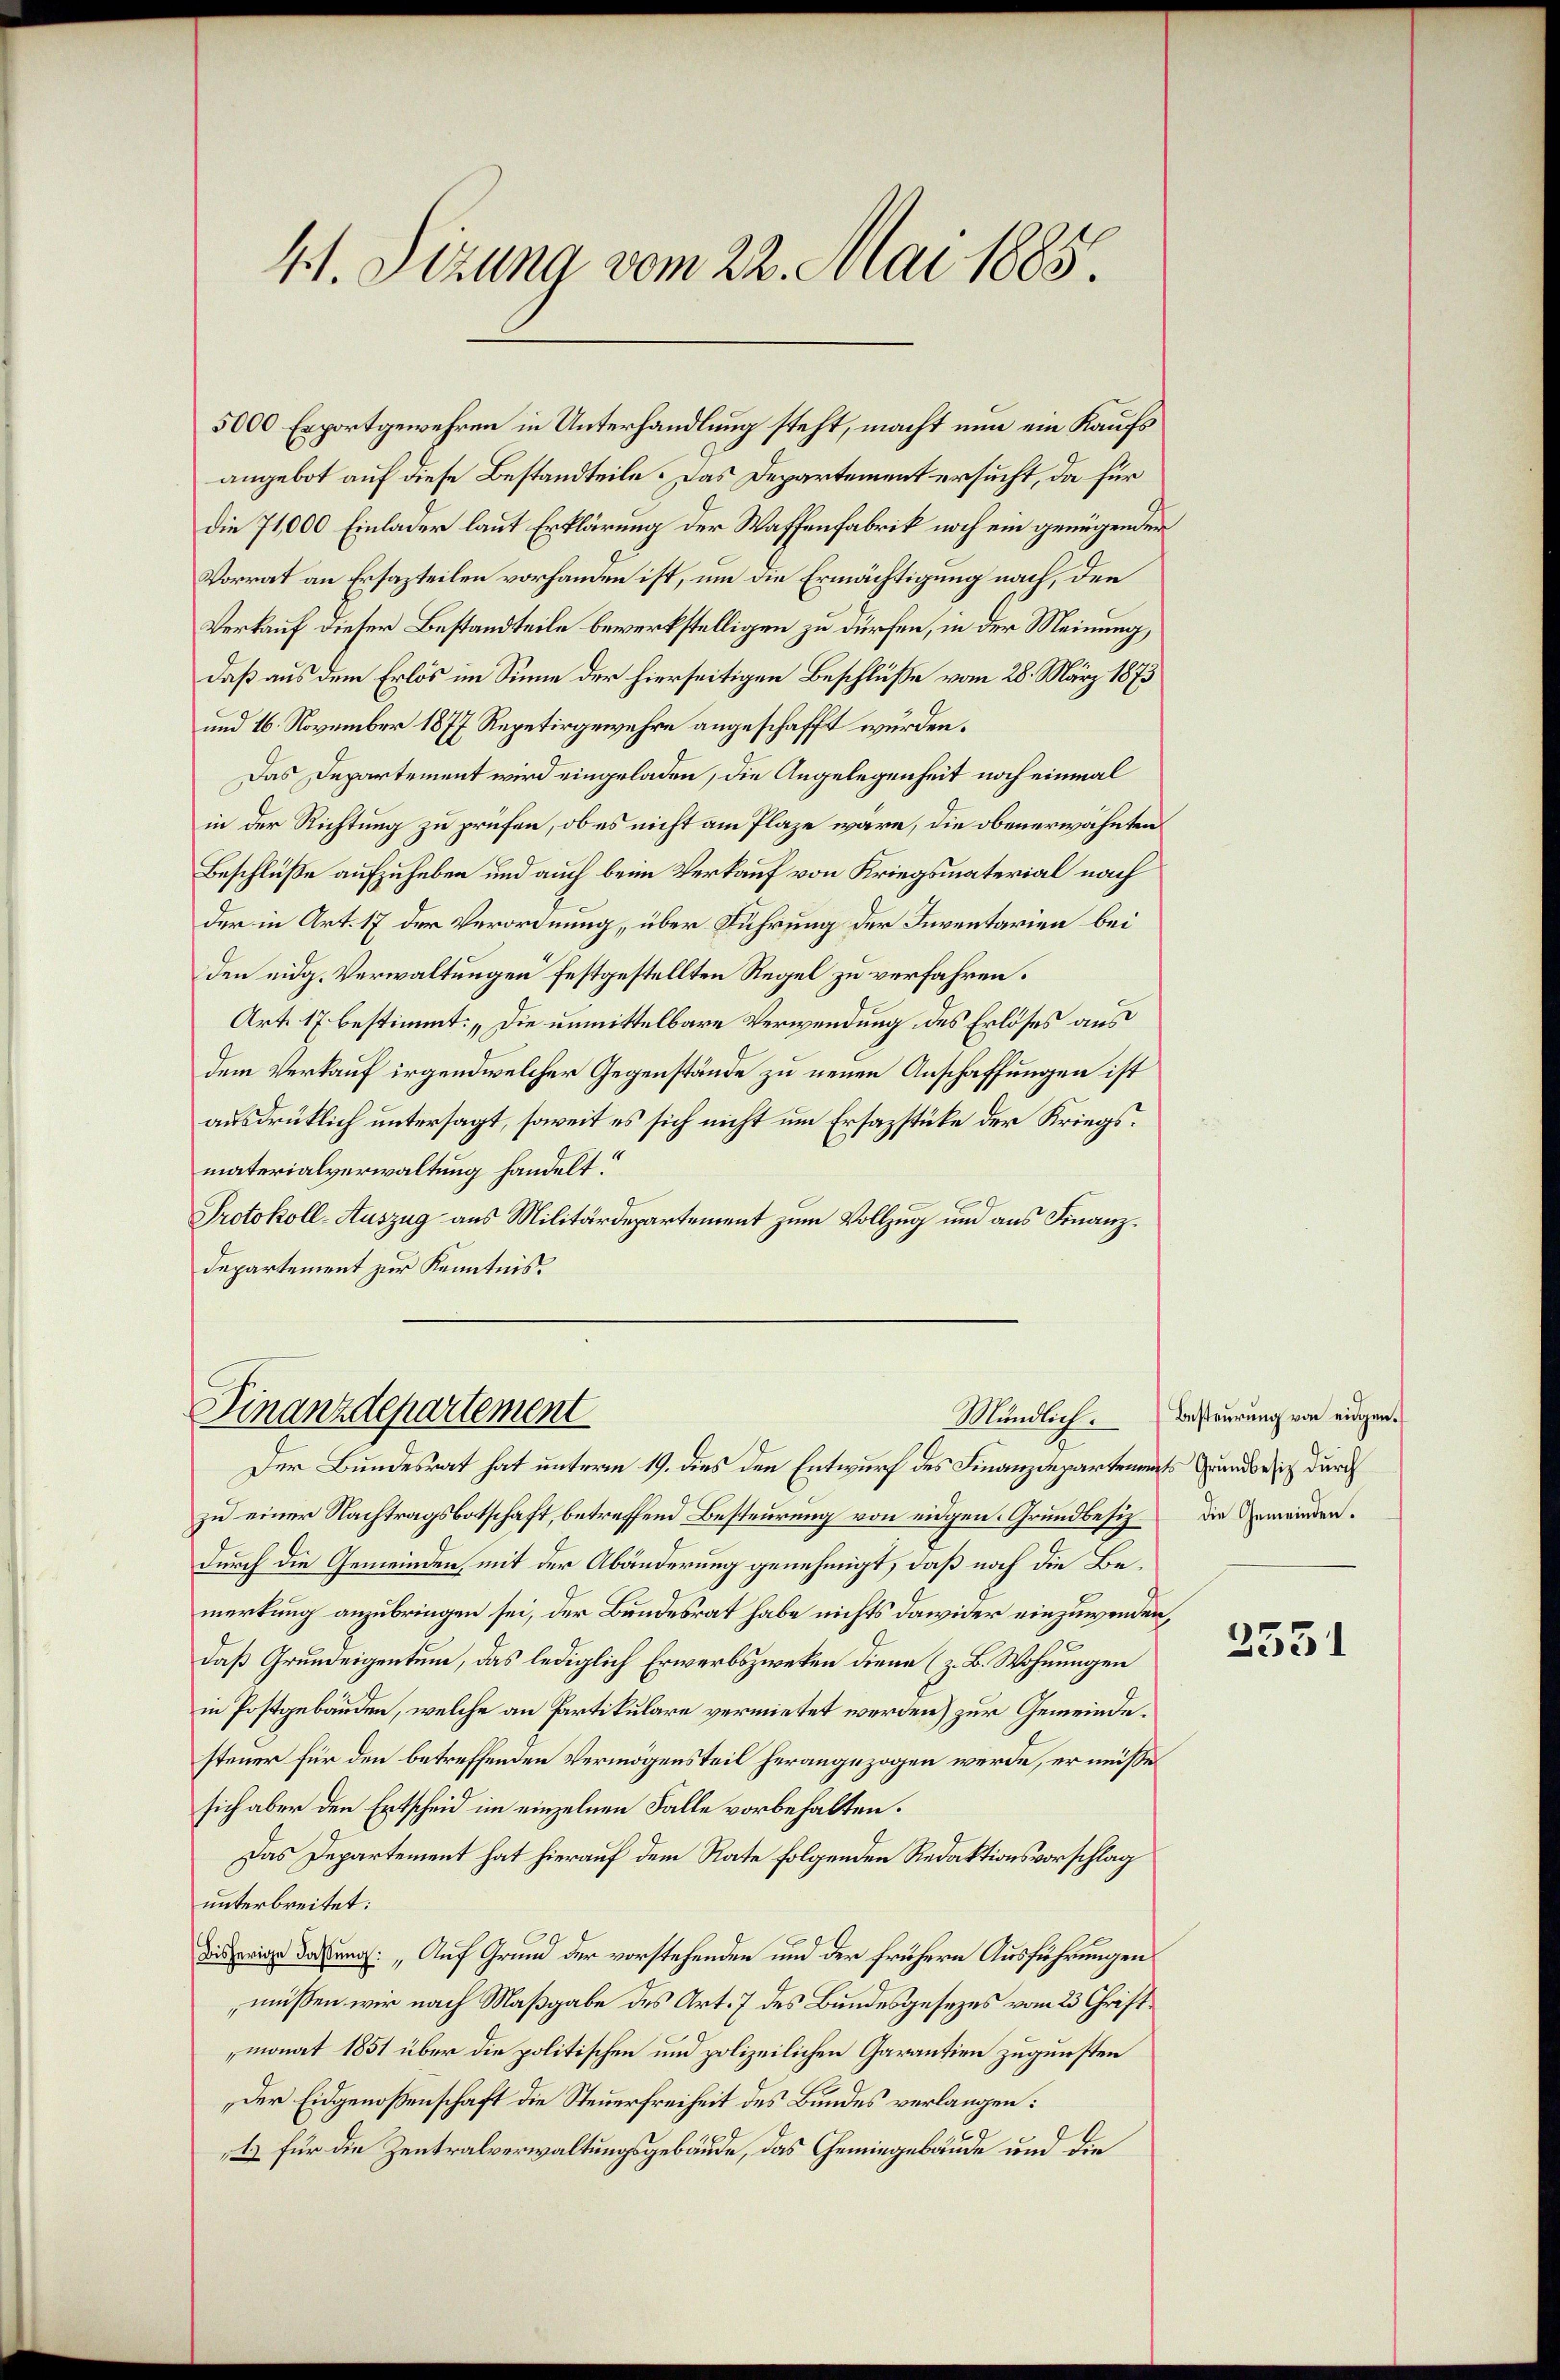
41. Sizung vom 22. Mai 1885.

angebot auf diese Bestandteile. Das Departement ersucht, da für
die 71,000 Einlader laut Erklärung der Waffenfabrik noch ein genügender
Vorrat an Ersazteilen vorhanden ist, um die Ermächtigung nach, den
Verkauf dieser Bestandteile bewerkstelligen zu dürfen, in der Meinung,
daß aus dem Erlös im Sinne der hierseitigen Beschlüße vom 28. März 1873
und 16. November 1877 Repetirgewehre angeschafft wurden.
Das Departement wird eingeladen, die Angelegenheit noch einmal
in der Richtung zu prüfen, ob es nicht am Plaze wäre, die obenerwähnten
Beschlüße aufzuheben und auch beim Verkauf von Kriegsmaterial nach
der in Art. 17 der Verordnung, über Führung der Inventarien bei
den eidg. Verwaltungen festgestellten Regel zu verfahren.
Art. 17 bestimmt: „Die unmittelbare Verwendung des Erlöses aus
dem Verkauf irgendwelcher Gegenstände zu neuen Anschaffungen ist
ausdrüklich untersagt, soweit es sich nicht um Ersazstüke der Kriegsmaterialverwaltung handelt.
Protokoll-Auszug aus Militärdepartement zum Vollzug und aus Finanz¬
Departement zur Kenntnis.

5000 Exportgewehren in Unterhandlung steht, macht nun ein Kaufs

Dinanzdepartement
Mündlich.

Der Bundesrat hat unterm 19. dies den Entwurf des Finanzdepartements Grundbesich durch
zu einer Nachtragsbotschaft, betreffend Besteurung von eidgen. Grundbesiz
durch die Gemeinden, mit der Abänderung genehmigt, daß noch die Bemerkung anzubringen sei, der Bundesrat habe nichts dawider einzuwenden,
daß Grundeigentum, das lediglich Erwerbszwecken diene (z. B. Wohnungen
in Postgebäuden, welche an Partikulare vermietet werden) zur Gemeindesteuer für den betreffenden Vermögensteil herangezogen werde, er müsse
sich aber den Entscheid im einzelnen Falle vorbehalten.
Das Departement hat hierauf dem Rate folgenden Redaktionsvorschlag
unterbreitet:
disherige Darung: „Auf Grund der vorstehenden und der frühern Ausführungen
müßen wir nach Maßgabe des Art. 7 des Bundesgesezes vom 23. Chriftmonat 1851 über die politischen und polizeilichen Garantien zugunsten
Der Eidgenoßenschaft die Steuerfreiheit des Bundes verlangen:
1) für die Zentralverwaltungsgebäude, das Gemingebäude und die

Besteurung von eidgen.
die Gemeinden.

2531